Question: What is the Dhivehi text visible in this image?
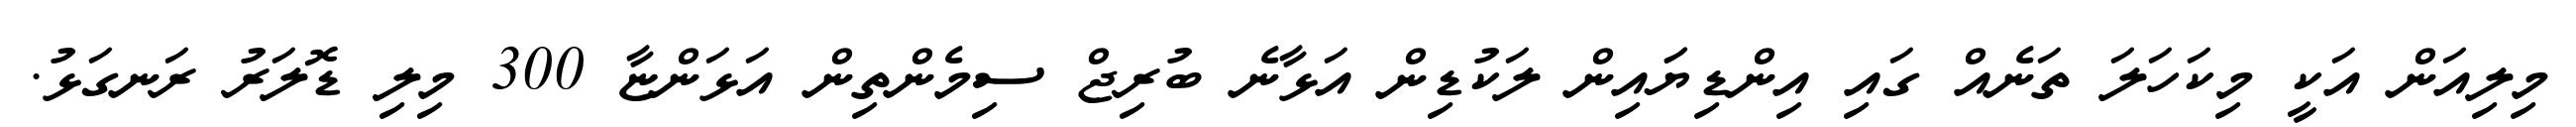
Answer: މިލިއަން އަކީ މިކަހަލަ ތަނެއް ގައި އިންޑިޔަައިން ލަކުޑިން އަޅާނެ ބުރިޖް ސިމެންތިން އަޅަންޏާ 300 މިލި ޑޮލަރު ރަނގަޅު.